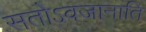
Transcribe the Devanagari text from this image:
सतोऽवजानाति